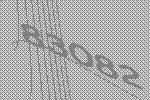
83082